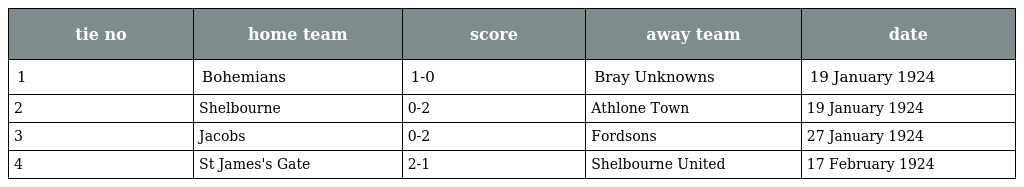
| tie no | home team | score | away team | date |
 | --- | --- | --- | --- | --- |
 | 1 | Bohemians | 1-0 | Bray Unknowns | 19 January 1924 |
 | 2 | Shelbourne | 0-2 | Athlone Town | 19 January 1924 |
 | 3 | Jacobs | 0-2 | Fordsons | 27 January 1924 |
 | 4 | St James's Gate | 2-1 | Shelbourne United | 17 February 1924 |